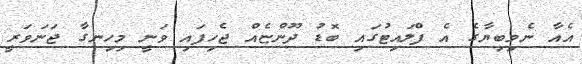
އެއާ ނެމިބިޔާގެ އެ ފްލައިޓުގައި ބޮޑު ދޫންޏެއް ޖެހިފައި ވަނީ މިހިނގާ ޖަނަވަރީ